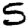
Digit: 5